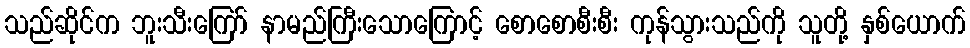
သည်ဆိုင်က ဘူးသီးကြော် နာမည်ကြီးသောကြောင့် စောစောစီးစီး ကုန်သွားသည်ကို သူတို့ နှစ်ယောက်